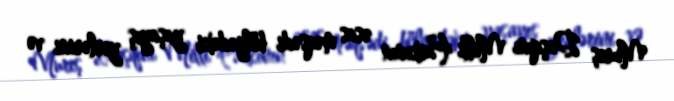
Mureș Daşqını Milli Parkının əsas məqsədi bölgədəki yaşayış yerlərini və